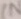
Text: IN